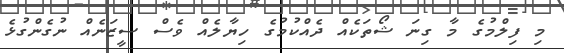
މި ފިލްމުގެ މާ ގިނަ ޝޯތަކެއް ދެއްކުމުގެ ހިޔާލެއް ވެސް ސީޒަނެއް ނުގެންގުޅެ